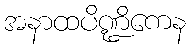
အနာထပိဏ္ဍိကေန